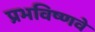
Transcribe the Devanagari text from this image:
प्रभविष्णवे